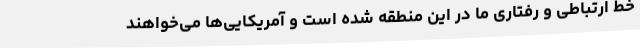
خط ارتباطی و رفتاری ما در این منطقه شده است و آمریکایی‌ها می‌خواهند